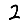
Digit: 2